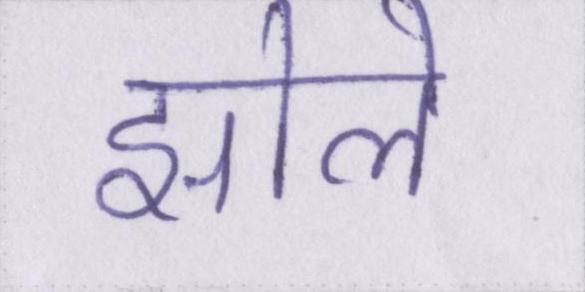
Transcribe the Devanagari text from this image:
झोले